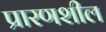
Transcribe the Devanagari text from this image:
प्रारणशील